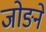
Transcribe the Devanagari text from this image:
जोङने